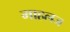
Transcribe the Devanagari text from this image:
माहलज